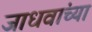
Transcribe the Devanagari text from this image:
जाधवांच्या